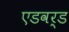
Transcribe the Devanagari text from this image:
एडवर्ड